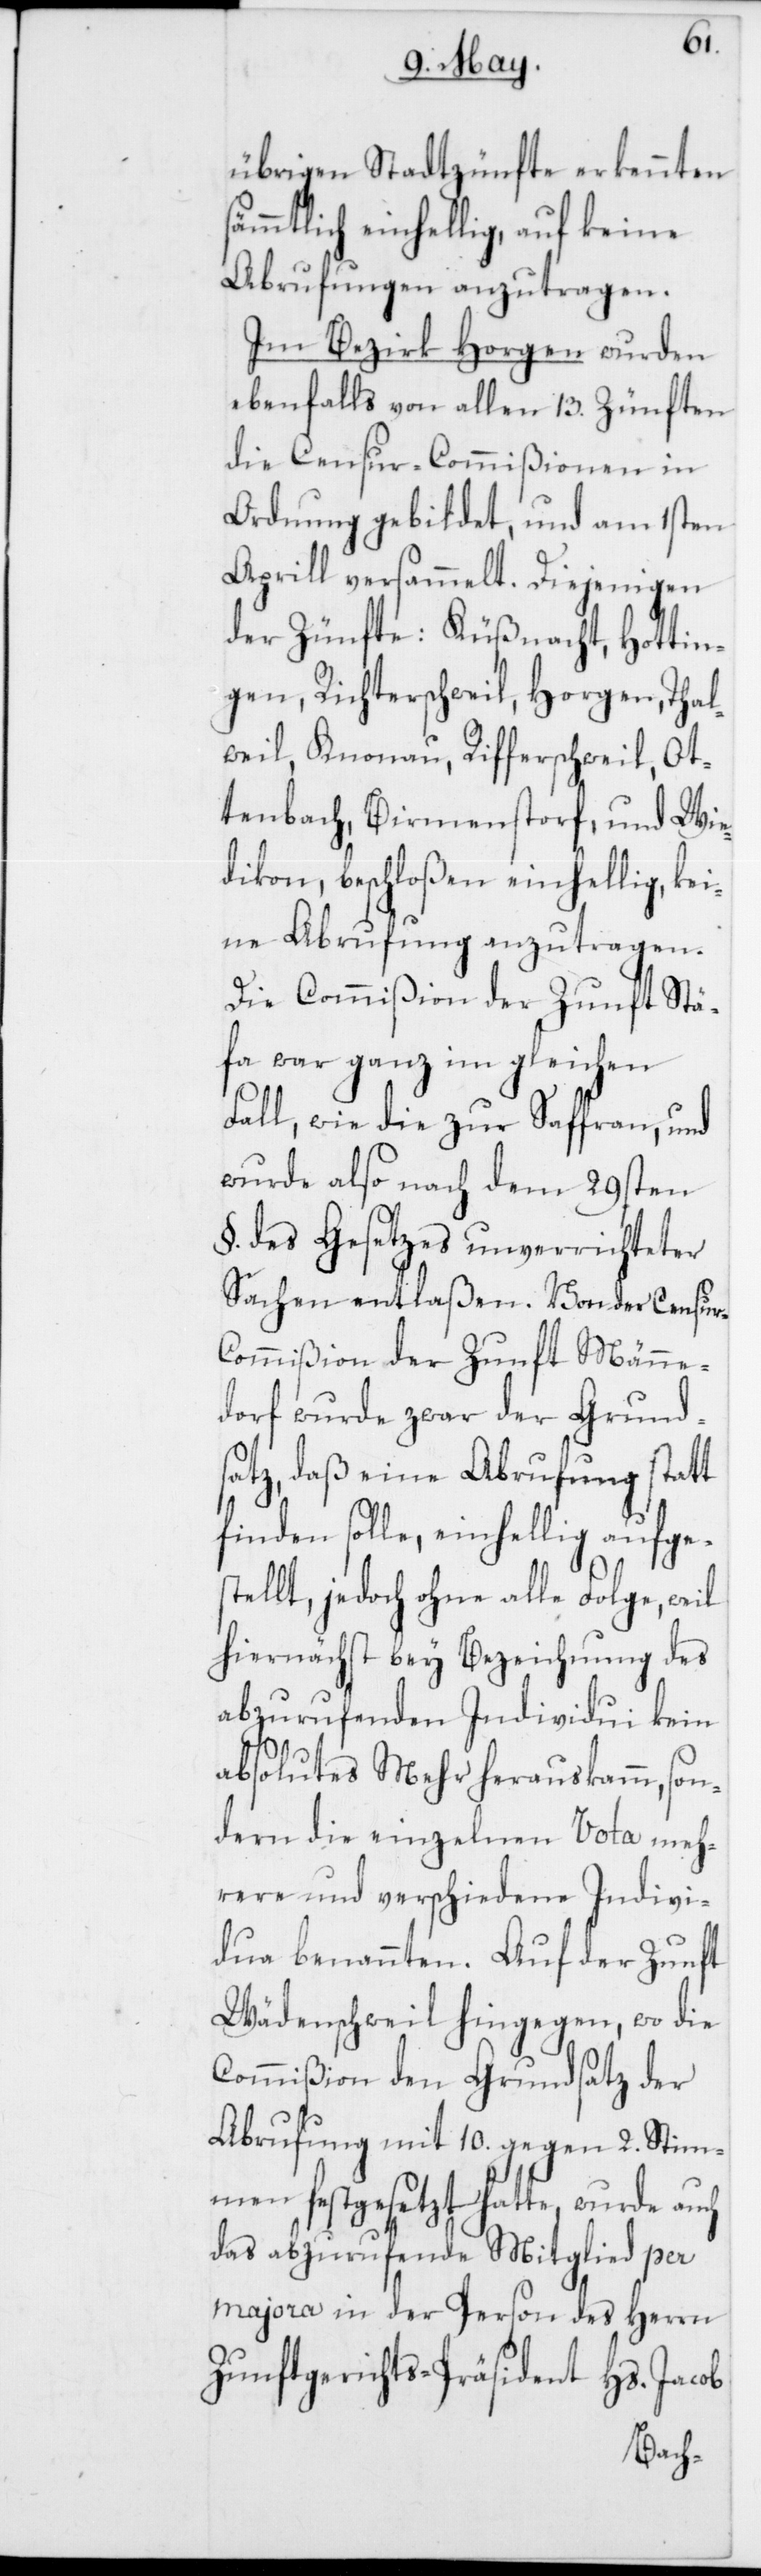
r-C¬
übrigen Stadtzünfte erkennten
sämmtlich einhellig, auf keine
Abrufungen anzutragen.
Im Bezirk Horgen wurden
ebenfalls von allen 13. Zünften
die Censur-Commißionen in
Ordnung gebildet, und am 1sten
Aprill versammelt. Diejenigen
der Zünfte: Küßnacht, Hottin¬
gen, Richterschweil, Horgen, Thal¬
weil, Knonau, Rifferschweil, Ot¬
tenbach, Birmenstorf, und Wie¬
dikon, beschloßen einhellig, kei¬
ne Abrufung anzutragen.
Die Commißion der Zunft Stä¬
fa war ganz im gleichen
Fall, wie die zur Saffran, und
wurde also nach dem 29sten
§. des Gesetzes unverrichteter
Sachen entlaßen. Von der Censu¬
ommißion der Zunft Männe¬
dorf wurde zwar der Grund¬
satz, daß eine Abrufung statt
finden solle, einhellig aufge¬
stellt, jedoch ohne alle Folge, weil
hiernächst bey Bezeichnung des
abzurufenden Individui kein
absolutes Mehr herauskamm, son¬
dern die einzelnen Vota meh¬
rere und verschiedene Indivi¬
dua benannten. Auf der Zunft
Wädenschweil hingegen, wo die
Commißion den Grundsatz der
Abrufung mit 10. gegen 2. Stim¬
men festgesetzt hatte, wurde auch
das abzurufende Mitglied per
majora in der Person des Herrn
Zunftgerichts-Präsident Hs. Jacob